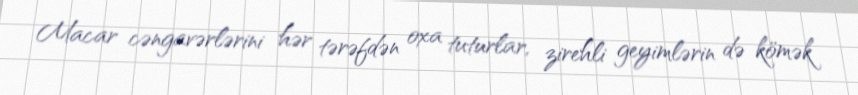
Macar cəngavərlərini hər tərəfdən oxa tuturlar, zirehli geyimlərin də kömək